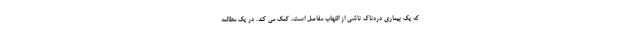
که یک بیماری دردناک ناشی از التهاب مفاصل است، کمک می کند. در یک مطالعه